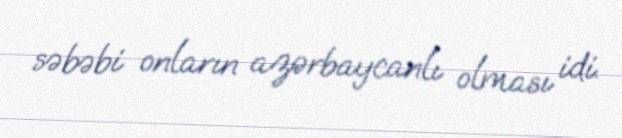
səbəbi onların azərbaycanlı olması idi.